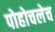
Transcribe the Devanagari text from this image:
पोहोचलेच